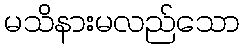
မသိနားမလည်သော